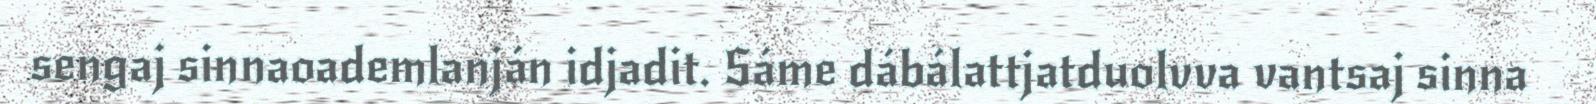
sengaj sinnaoademlanján idjadit. Sáme dábálattjatduolvva vantsaj sinna